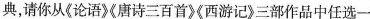
典，请你从《论语》《唐诗三百首》《西游记》三部作品中任选一